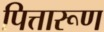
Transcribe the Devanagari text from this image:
पित्तारूण